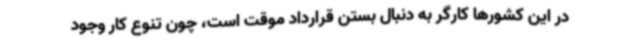
در این کشورها کارگر به دنبال بستن قرارداد موقت است، چون تنوع کار وجود